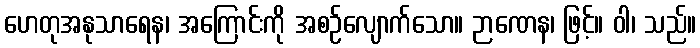
ဟေတုအနုသာရေန၊ အကြောင်းကို အစဉ်လျောက်သော။ ဉာဏေန၊ ဖြင့်။ ဝါ၊ သည်။